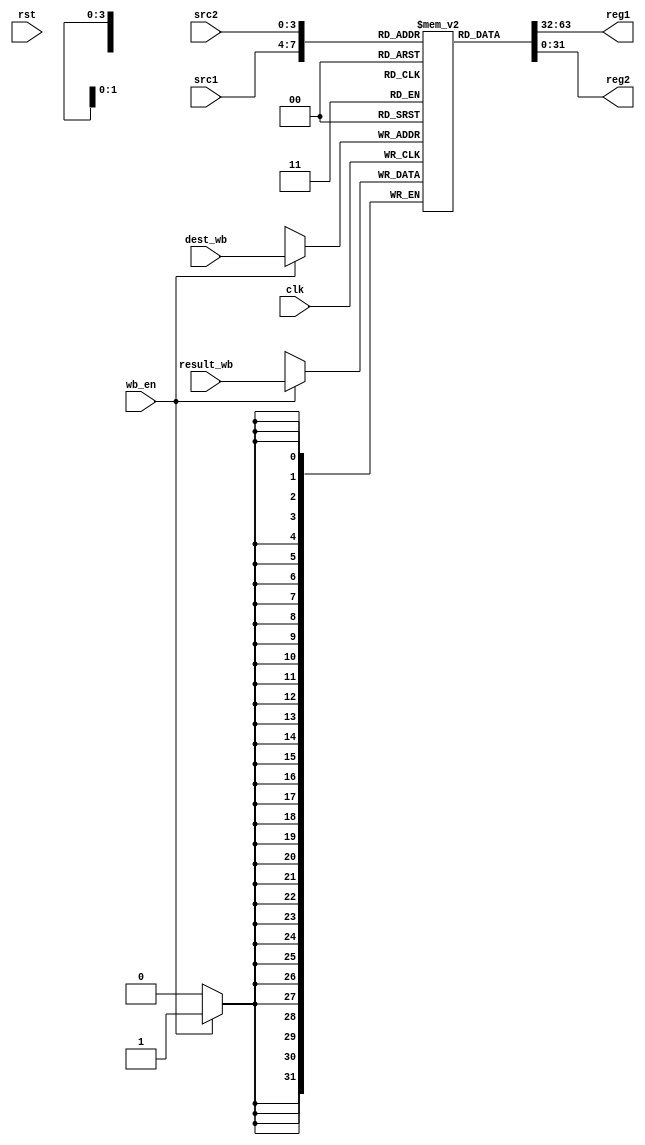
module register_file(
  input clk, rst,
  input [3:0] src1, src2, dest_wb,
  input[31:0] result_wb,
  input wb_en,
  output [31:0] reg1, reg2
);
  reg [31:0] reg_file [0:14];
  
  integer index;
  initial begin
		for(index = 0; index < 15; index = index + 1) begin
      reg_file[index] = index;
    end
	end
  
  assign reg1 = reg_file[src1];
  assign reg2 = reg_file[src2];
  
  always@(negedge clk)begin
    if(wb_en)begin
        reg_file[dest_wb] <= result_wb;
    end
  end
  
endmodule